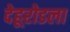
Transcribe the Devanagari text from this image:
देहूरोडला